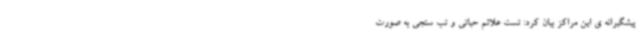
پیشگیرانه ی این مراکز بیان کرد: تست علائم حیاتی و تب سنجی به صورت